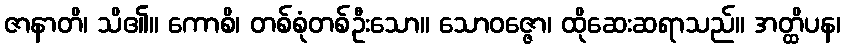
ဇာနာတိ၊ သိ၏။ ကောစိ၊ တစ်စုံတစ်ဦးသော။ သောဝဇ္ဇော၊ ထိုဆေးဆရာသည်။ အတ္ထိပန၊